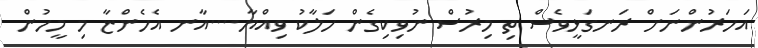
އަަހަރުންނަށް ރަނގަޅީވެސް ތި މިރުސް ނުވިކިގެން ހަލާކު ވިއްޔާ....އާނ އެހެންޏާ މި މީހުން